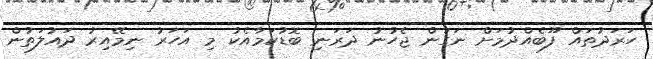
ހަރަދުތައް ފޫބެއްދުމަށް ނަގަން ޖެހުނު ދަރަނި ބޮޑުކަމާއެކު މި އަހަރު ނިމޭއިރު ދައުލަތުން